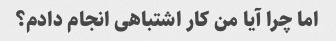
اما چرا آیا من کار اشتباهی انجام دادم؟